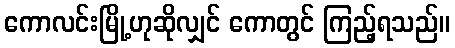
ကောလင်းမြို့ဟုဆိုလျှင် ကောတွင် ကြည့်ရသည်။